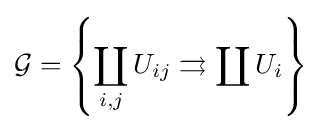
{\mathcal {G}}=\left\{\coprod _{i,j}U_{ij}\rightrightarrows \coprod U_{i}\right\}